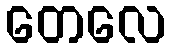
တေလေ